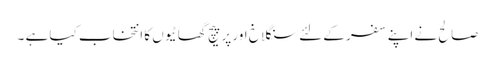
صالح نے اپنے سفر کے لئے سنگلاخ اور پر پیچ گھاٹیوں کا انتخاب کیا ہے ۔